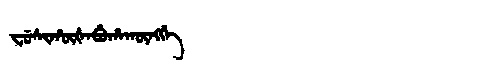
Manchu: ᠸᡠᠰᡳᡥᡡᡧᠠᠪᡠᡥᠠᡴᡡᠩᡤᡝ
Romanization: FUSIHŪŠABUHAKŪNGGE